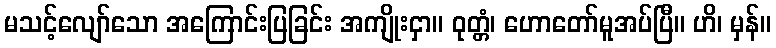
မသင့်လျော်သော အကြောင်းပြခြင်း အကျိုးငှာ။ ဝုတ္တံ၊ ဟောတော်မူအပ်ပြီ။ ဟိ၊ မှန်။